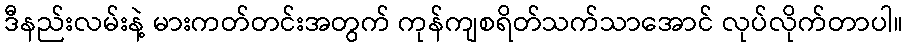
ဒီနည်းလမ်းနဲ့ မားကတ်တင်းအတွက် ကုန်ကျစရိတ်သက်သာအောင် လုပ်လိုက်တာပါ။